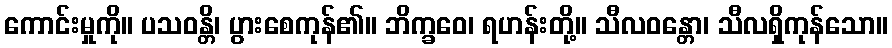
ကောင်းမှုကို။ ပသဝန္တိ၊ ပွားစေကုန်၏။ ဘိက္ခဝေ၊ ရဟန်းတို့။ သီလဝန္တော၊ သီလရှိကုန်သော။